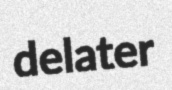
delater